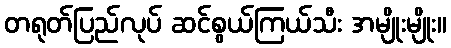
တရုတ်ပြည်လုပ် ဆင်စွယ်ကြယ်သီး အမျိုးမျိုး။